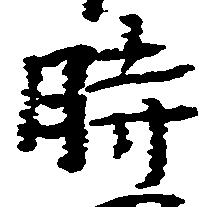
時